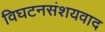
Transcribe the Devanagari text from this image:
विघटनसंशयवाद